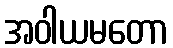
အဝါယမတော